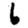
Digit: 6